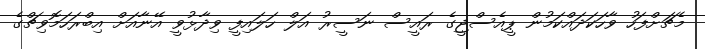
މެޗަށްފަހު ވާހަކަދައްކަމުން ޕީއެސްޖީގެ ރައީސް ނަސީރު އަލް ހަލައިފީ ވިދާޅުވީ އޭނާއަށް އިބްރަހަމޮވިޗްގެ